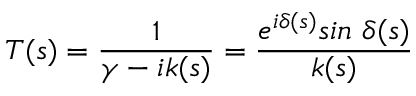
T ( s ) = { \frac { 1 } { \gamma - i k ( s ) } } = { \frac { e ^ { i \delta ( s ) } s i n \ \delta ( s ) } { k ( s ) } }